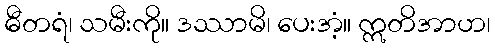
ဓီတရံ၊ သမီးကို။ ဒဿာမိ၊ ပေးအံ့။ ဣတိအာဟ၊